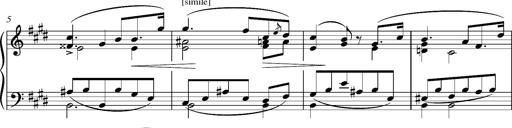
Title: Madrigal
Composer: Lucien Wurmser
Key: A major